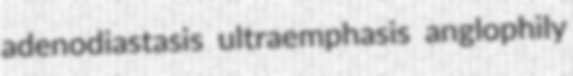
adenodiastasis ultraemphasis anglophily